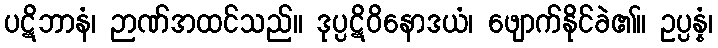
ပဋိဘာနံ၊ ဉာဏ်အထင်သည်။ ဒုပ္ပဋိဝိနောဒယံ၊ ဖျောက်နိုင်ခဲ၏။ ဥပ္ပန္နံ၊